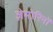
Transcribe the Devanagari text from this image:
ज़ेमोरिनों